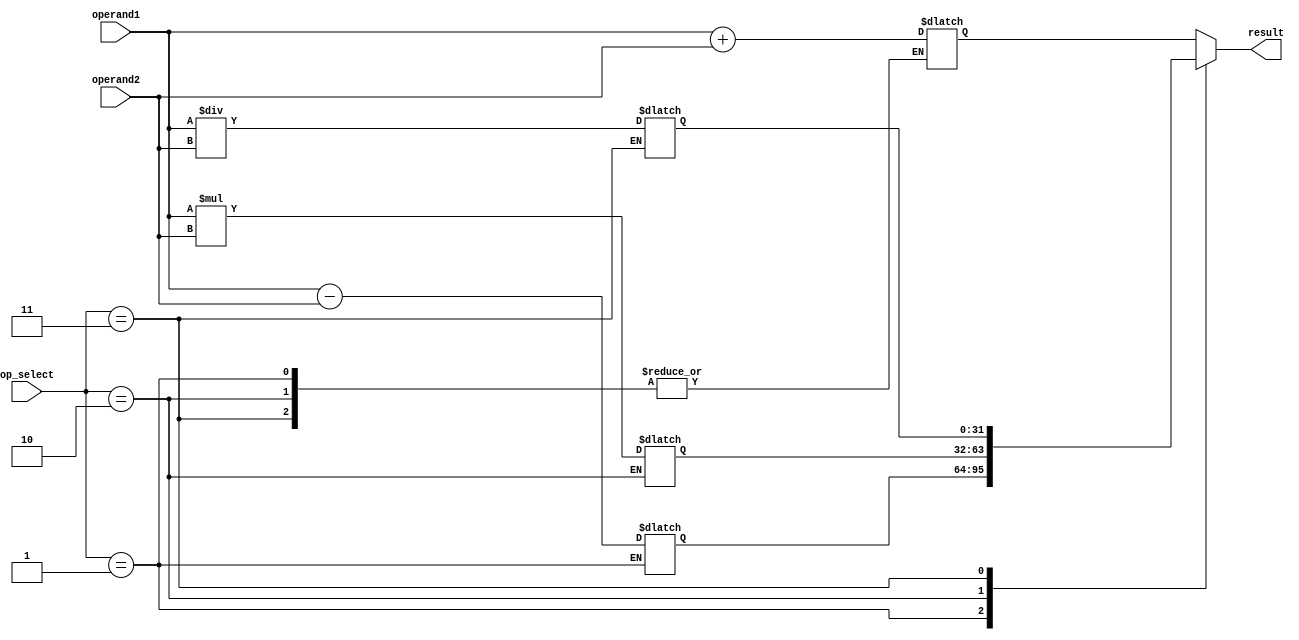
module FixedPointFloatingPointUnit (
    input [31:0] operand1,
    input [31:0] operand2,
    input [2:0] op_select,
    output reg [31:0] result
    );

// Components for arithmetic operations
reg [31:0] temp_result;
reg [31:0] add_result;
reg [31:0] sub_result;
reg [63:0] mul_result;
reg [31:0] div_result;

always @(*)
begin
    case (op_select)
        3'b000: add_result = operand1 + operand2;  // Addition
        3'b001: sub_result = operand1 - operand2;  // Subtraction
        3'b010: mul_result = operand1 * operand2;  // Multiplication
        3'b011: div_result = operand1 / operand2;  // Division
        default: add_result = operand1 + operand2;  // Default to addition
    endcase
end

// Control logic for selecting operation
always @(*)
begin
    case (op_select)
        3'b000: result = add_result;  // Return addition result
        3'b001: result = sub_result;  // Return subtraction result
        3'b010: result = mul_result[31:0];  // Return lower 32 bits of multiplication result
        3'b011: result = div_result;  // Return division result
        default: result = add_result;  // Default to addition result
    endcase
end

endmodule